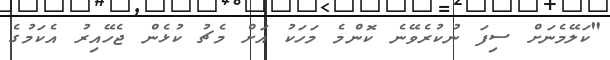
"ކަލޭމެނަށް ސިފަ ނުކުރެވޭނެ ކޮންމެ މަހަކު އަށް މެޗު ކުޅެން ޖެހޭއިރު އެކަމުގެ